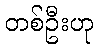
တစ်ဦးဟု